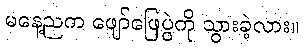
မနေ့ညက ဖျော်ဖြေပွဲကို သွားခဲ့လား။